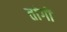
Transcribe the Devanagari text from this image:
तांगों